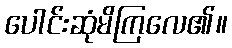
ပေါင်းဆုံမိကြလေ၏။